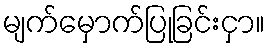
မျက်မှောက်ပြုခြင်းငှာ။